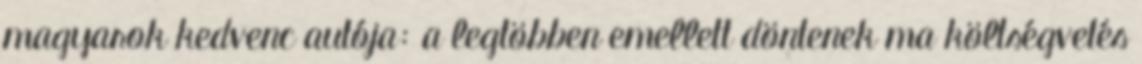
magyarok kedvenc autója: a legtöbben emellett döntenek ma költségvetés